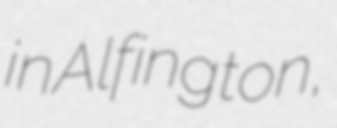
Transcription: in Alfington,